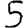
Digit: 5